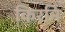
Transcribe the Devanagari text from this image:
किरनि